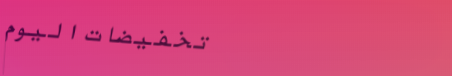
تخفيضات اليوم